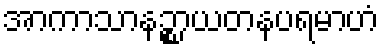
အာကာသာနဉ္စာယတနပရမာဟံ